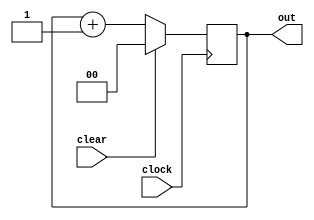
module Contador(clock, clear, out);
	input clear;
	input clock;
	output reg[1:0] out;

	always @(posedge clock)
	begin
		if(clear == 1)
			out <= 2'b00;
		else
			out <= out + 1'b1;
	end
endmodule